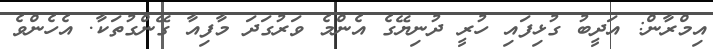
އިމްރާން: އަދީބު ގުޅިފައި ހުރީ ދުނިޔޭގެ އެންމެ ވަރުގަދަ މާފިއާ ގޭންގުތަކާ. އެހެންވެ